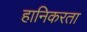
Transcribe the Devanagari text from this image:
हानिकरता